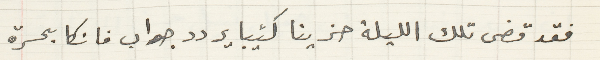
فقد قضى تلك الليلة حزينا كئيبا يردد جواب فانكا بحسرة